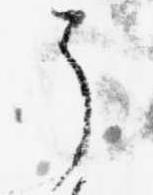
了